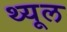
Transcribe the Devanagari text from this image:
थ्यूल